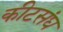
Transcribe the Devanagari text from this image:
कीटसंघ